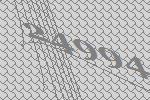
24994